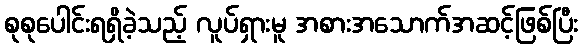
စုစုပေါင်းရရှိခဲ့သည့် လူပ်ရှားမူ အစားအသောက်အဆင့်ဖြစ်ပြီး